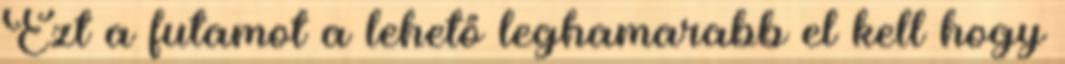
Ezt a futamot a lehető leghamarabb el kell hogy